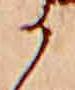
か